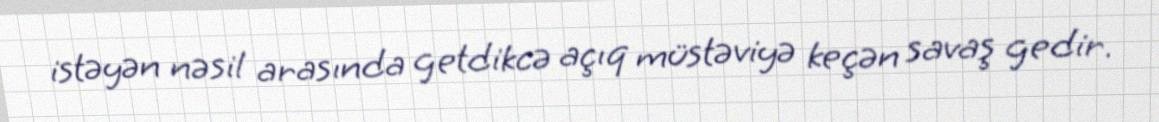
istəyən nəsil arasında getdikcə açıq müstəviyə keçən savaş gedir.